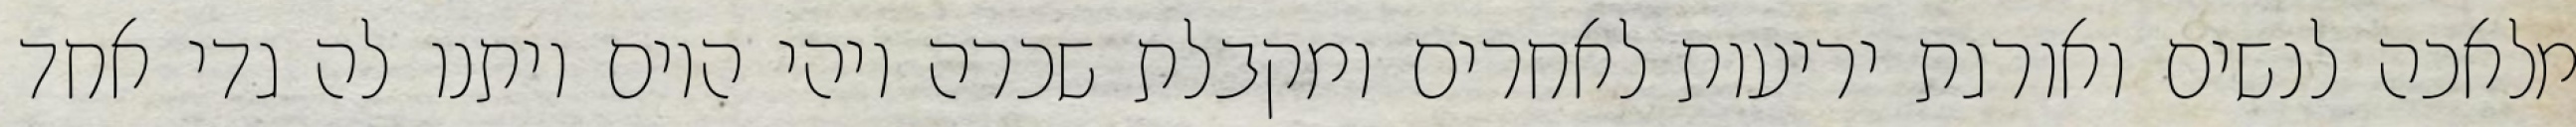
מלאכה לנשים ואורגת יריעות לאחרים ומקבלת שכרה ויהי היום ויתנו לה גדי אחד